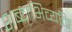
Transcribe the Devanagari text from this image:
शब्दाभिव्यक्ति